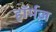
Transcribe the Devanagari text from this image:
हॉर्मज़